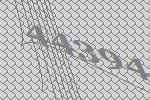
44394